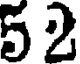
5 2